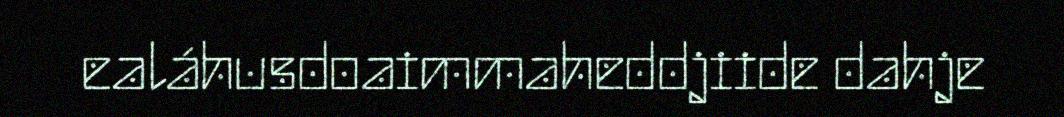
ealáhusdoaimmaheddjiide dahje